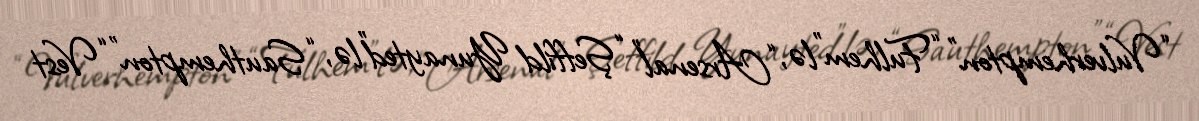
“Vulverhempton” “Fulhem”lə, “Arsenal” “Şeffild Yunayted”lə, “Sauthempton” “Vest